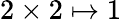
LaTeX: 2\times 2\mapsto 1